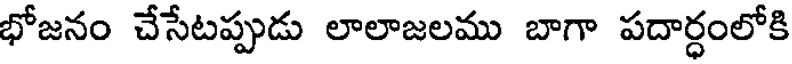
భోజనం చేసేటప్పుడు లాలాజలము బాగా పదార్ధంలోకి